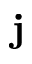
{ \bf j }